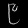
Digit: ၉